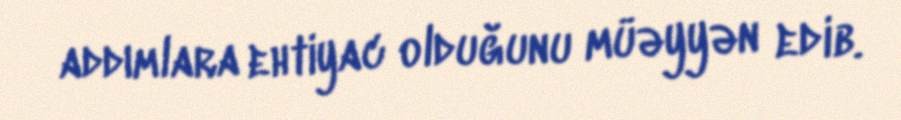
addımlara ehtiyac olduğunu müəyyən edib.